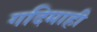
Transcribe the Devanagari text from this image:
गदिमाही